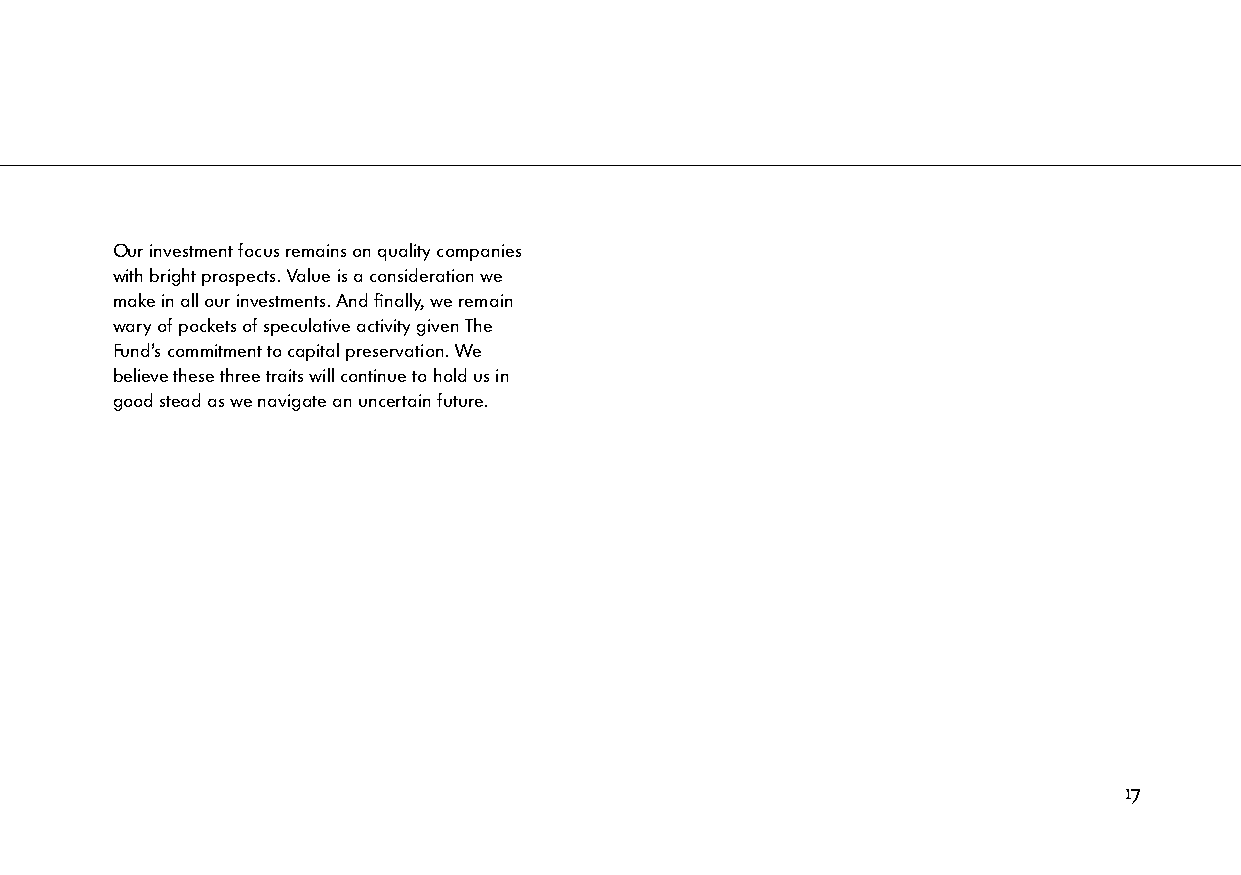
Our investment focus remains on quality companies
 with bright prospects. Value is a consideration we
 make in all our investments. And finally, we remain
 wary of pockets of speculative activity given The
 Fund’s commitment to capital preservation. We
 believe these three traits will continue to hold us in
 good stead as we navigate an uncertain future.
 17